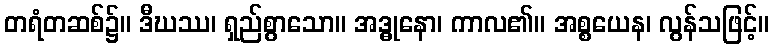
တရံတဆစ်၌။ ဒီဃဿ၊ ရှည်စွာသော။ အဒ္ဓုနော၊ ကာလ၏။ အစ္စယေန၊ လွန်သဖြင့်။